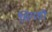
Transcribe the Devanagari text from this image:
चिंगशी